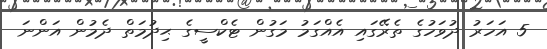
5 އަހަރު ދުވަހުގެ ތެރޭގައި އެއްގަމު މަގުން ޓެކްސީގެ ޙިދުމަތް ދެމުން އަންނަ